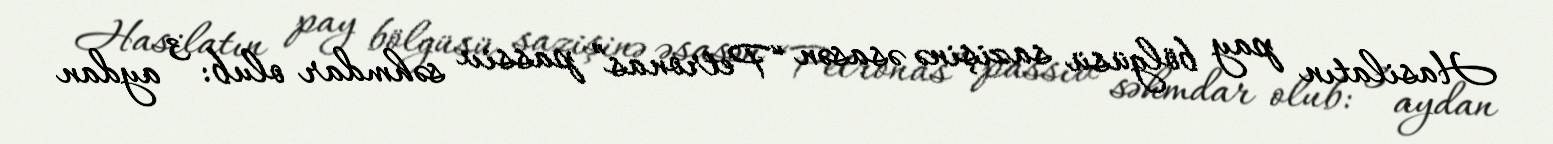
Hasilatın pay bölgüsü sazişinə əsasən “Petronas” passiv səhmdar olub: 3 aydan